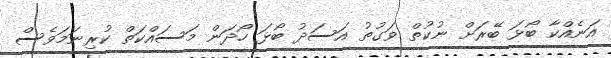
އަނެއްކާ ބޯޅަ ބޭރަށް ނުކުތް ވަގުތު އަސަދު ބޯޅަ ހޯދަން މަސައްކަތް ކުރިނަމަވެސް